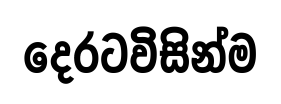
දෙරටවිසින්ම